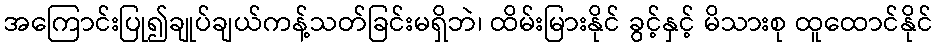
အကြောင်းပြု၍ချုပ်ချယ်ကန့်သတ်ခြင်းမရှိဘဲ၊ ထိမ်းမြားနိုင် ခွင့်နှင့် မိသားစု ထူထောင်နိုင်